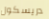
دريسكول